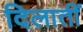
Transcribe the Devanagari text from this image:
दिलातीं